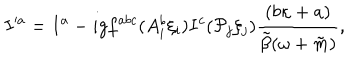
LaTeX: I ^ { \prime a } = I ^ { a } - i g f ^ { a b c } ( A _ { i } ^ { b } \xi _ { i } ) I ^ { c } ( { \cal P } _ { j } \xi _ { j } ) \frac { ( b \kappa + a ) } { \tilde { \beta } ( \omega + \tilde { m } ) } ,